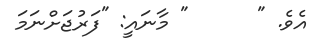
އެވެ. "      " މާނައީ: "ފަރުޖަށްނަމަ